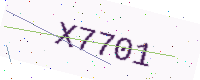
Text: X7701